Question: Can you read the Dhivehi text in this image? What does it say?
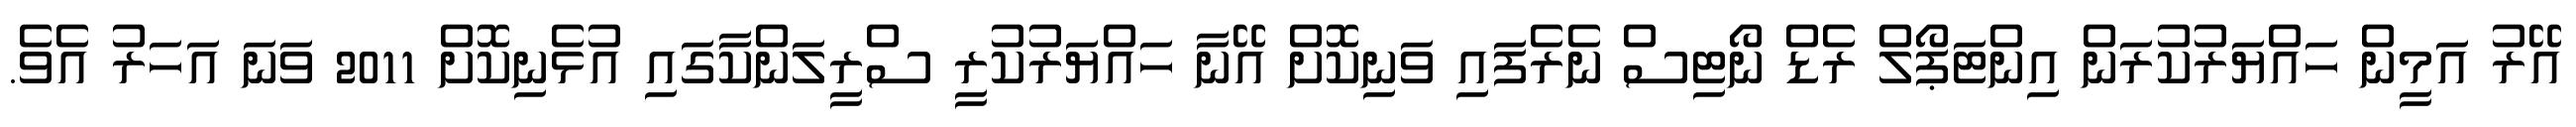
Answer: އޭރު އަމީން ހައްޔަރުކުރަން އިންޓަޕޯލް ރެޑް ނޯޓިސް ނެރެފައި ވަނިކޮށް އޭނާ ހައްޔަރުކުރީ ސްރީލަންކާގައި އުޅެނިކޮށް 2011 ވަނަ އަހަރު އެވެ.